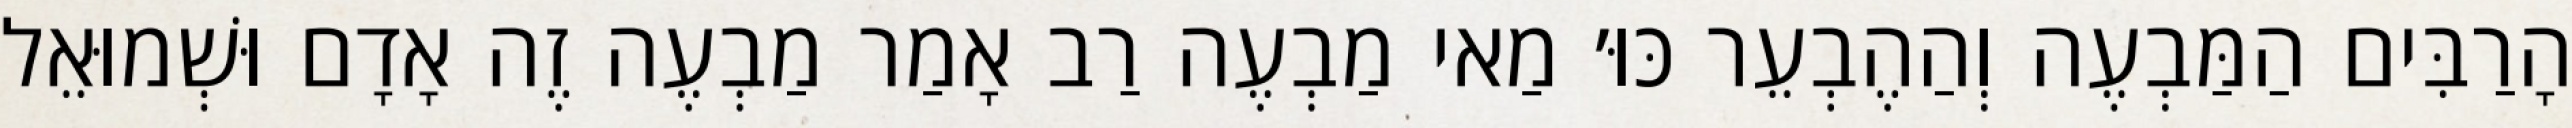
הָרַבִּים הַמַּבְעֶה וְהַהֶבְעֵר כּוּ׳ מַאי מַבְעֶה רַב אָמַר מַבְעֶה זֶה אָדָם וּשְׁמוּאֵל